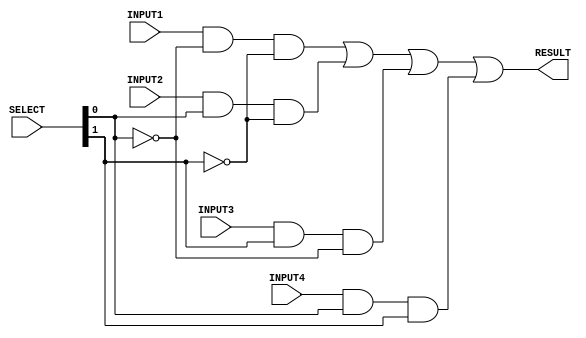
/*
 *	gate level model for 4 to 1 MUX
 *
 *
 */

module mux_4to1_1bits(RESULT, INPUT1, INPUT2, INPUT3, INPUT4, SELECT);

	input INPUT1, INPUT2, INPUT3, INPUT4;			// 1 bits inputs
	input [1:0] SELECT;					// 2-bits selection
	output RESULT;						// 1 bit output
	
	// temporary wires 
	wire NOT_SELECT1,NOT_SELECT2;
	wire temInput1,temInput2,temInput3,temInput4;


	not n1(NOT_SELECT1,SELECT[0]);
	not n2(NOT_SELECT2,SELECT[1]);
	
	and a1(temInput1,INPUT1,NOT_SELECT1,NOT_SELECT2);	
	and a2(temInput2,INPUT2,SELECT[0],NOT_SELECT2);		
	and a3(temInput3,INPUT3,SELECT[1],NOT_SELECT1);		
	and a4(temInput4,INPUT4,SELECT[0],SELECT[1]);		
	
	or o1(RESULT,temInput1,temInput2,temInput3,temInput4);
	
endmodule